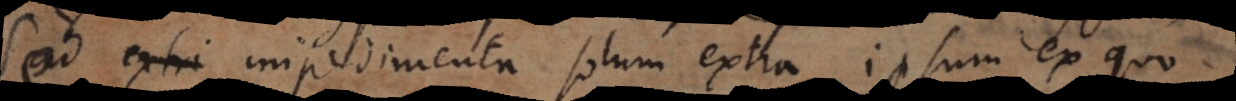
Sed impedimenta solum extra ipsum ex quo